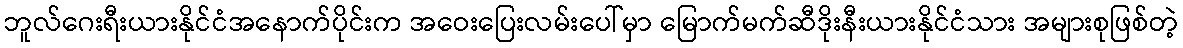
ဘူလ်ဂေးရီးယားနိုင်ငံအနောက်ပိုင်းက အဝေးပြေးလမ်းပေါ်မှာ မြောက်မက်ဆီဒိုးနီးယားနိုင်ငံသား အများစုဖြစ်တဲ့